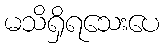
မသိရှိရသေးပေ